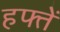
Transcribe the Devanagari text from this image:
हफ्तें